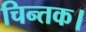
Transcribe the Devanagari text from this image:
चिन्तक।